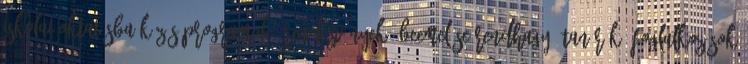
iskolai oktatásba közös programok, rendezvények, beemelése rendhagyó tanórák, foglalkozások